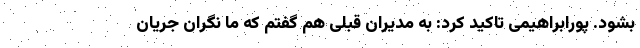
بشود. پورابراهیمی تاکید کرد: به مدیران قبلی هم گفتم که ما نگران جریان